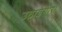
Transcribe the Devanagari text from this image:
उठाईगीरी